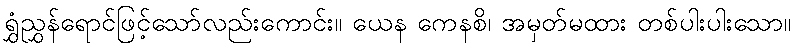
ရွှံညွှန်ရောင်ဖြင့်သော်လည်းကောင်း။ ယေန ကေနစိ၊ အမှတ်မထား တစ်ပါးပါးသော။